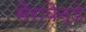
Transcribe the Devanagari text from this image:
सैराबैन्डे